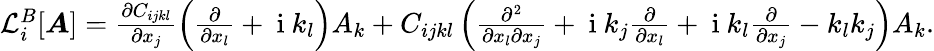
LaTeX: \begin{array}{r}{\mathcal{L}_{i}^{B}[\boldsymbol{A}]=\frac{\partial C_{ijkl}}{\partial x_{j}}\left(\frac{\partial}{\partial x_{l}}+\mathrm{~i~}k_{l}\right)A_{k}+C_{ijkl}\left(\frac{\partial^{2}}{\partial x_{l}\partial x_{j}}+\mathrm{~i~}k_{j}\frac{\partial}{\partial x_{l}}+\mathrm{~i~}k_{l}\frac{\partial}{\partial x_{j}}-k_{l}k_{j}\right)A_{k}.}\end{array}